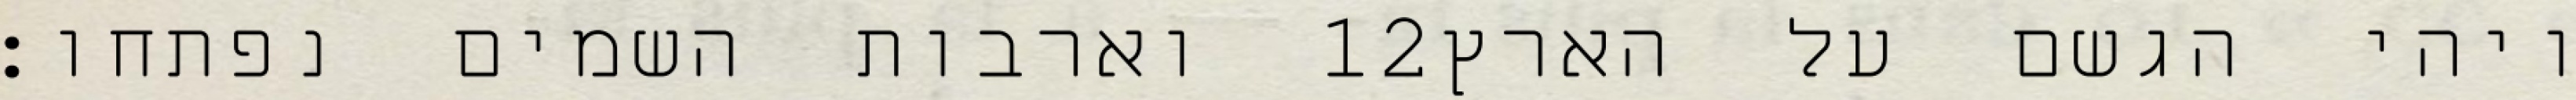
וארבות השמים נפתחו׃ ‎12‏ ויהי הגשם על הארץ